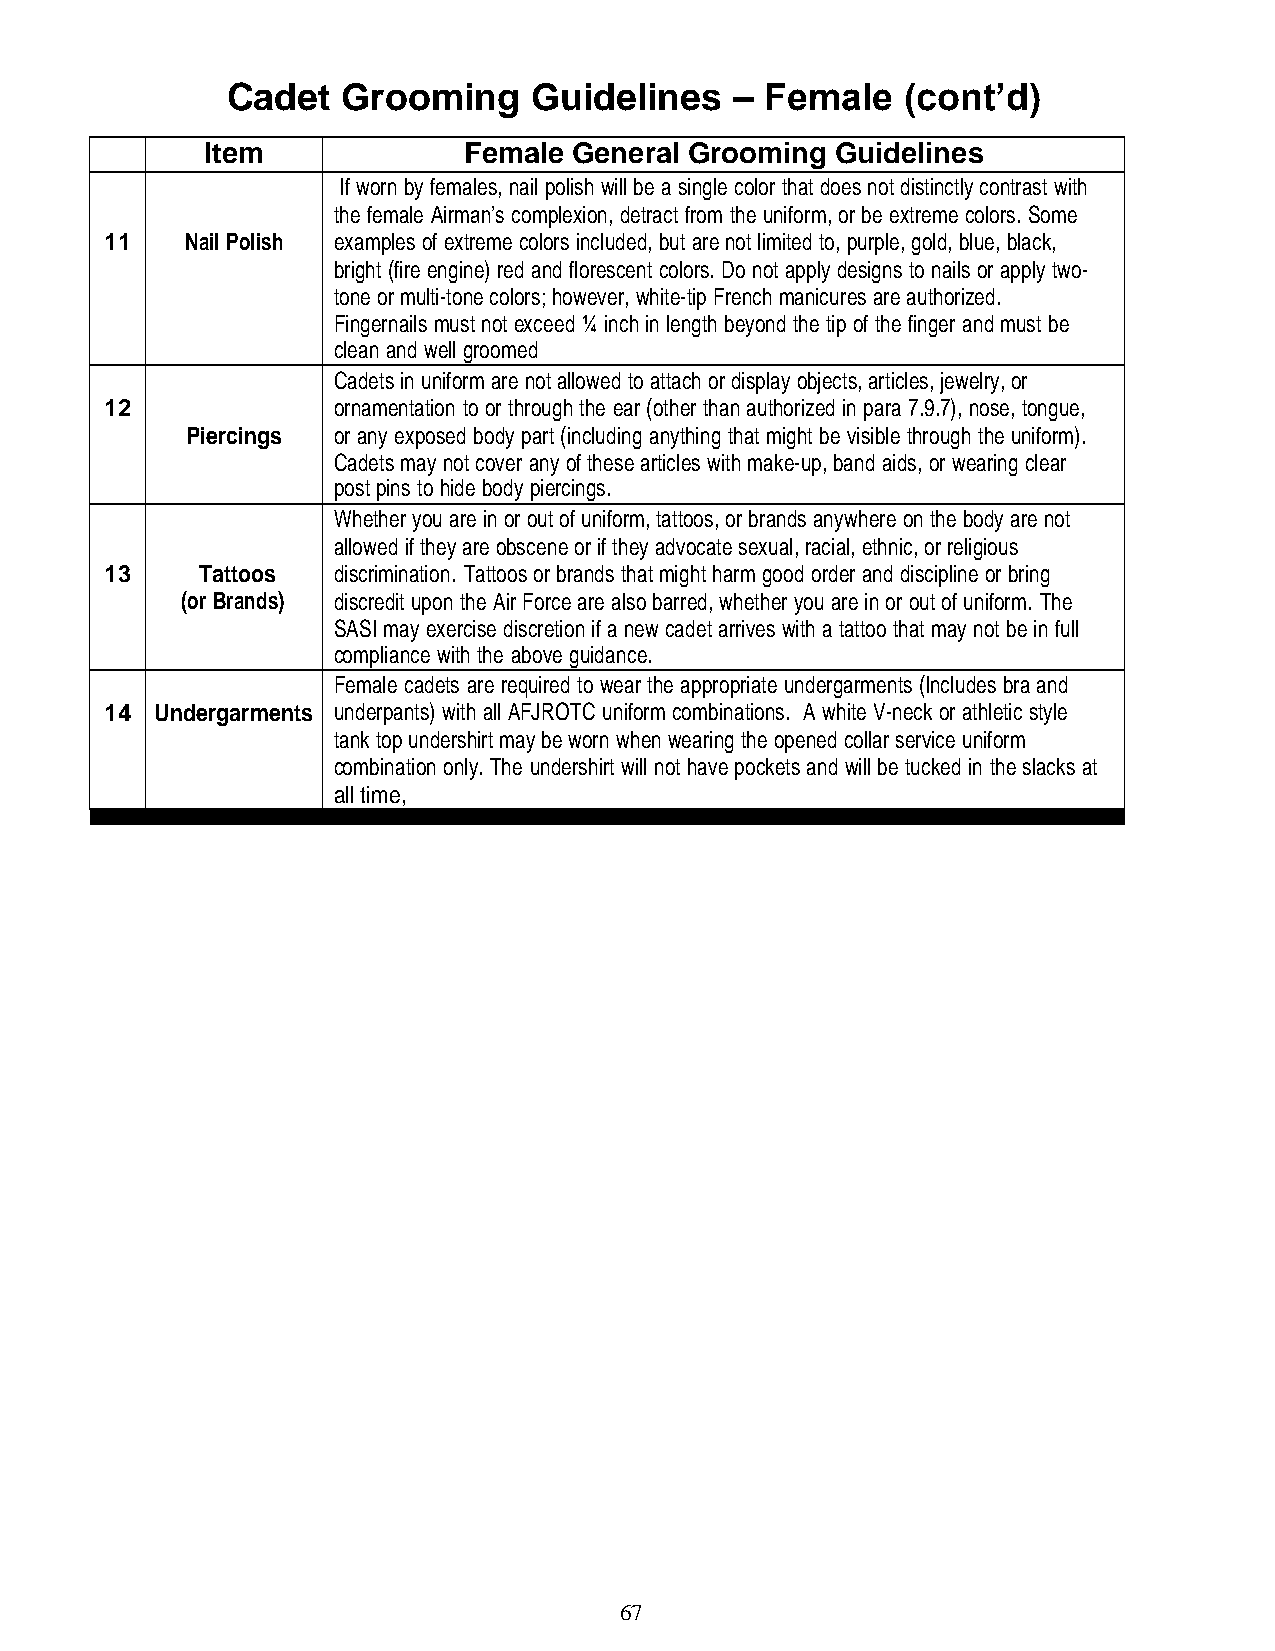
Cadet   Grooming    Guidelines    – Female   (cont’d)
 Item             Female General Grooming Guidelines
 If worn by females, nail polish will be a single color that does not distinctly contrast with
 the female Airman’s complexion, detract from the uniform, or be extreme colors. Some
 11   Nail Polish examples of extreme colors included, but are not limited to, purple, gold, blue, black,
 bright (fire engine) red and florescent colors. Do not apply designs to nails or apply two-
 tone or multi-tone colors; however, white-tip French manicures are authorized.
 Fingernails must not exceed ¼ inch in length beyond the tip of the finger and must be
 clean and well groomed
 Cadets in uniform are not allowed to attach or display objects, articles, jewelry, or
 12             ornamentation to or through the ear (other than authorized in para 7.9.7), nose, tongue,
 Piercings or any exposed body part (including anything that might be visible through the uniform).
 Cadets may not cover any of these articles with make-up, band aids, or wearing clear
 post pins to hide body piercings.
 Whether you are in or out of uniform, tattoos, or brands anywhere on the body are not
 allowed if they are obscene or if they advocate sexual, racial, ethnic, or religious
 13    Tattoos  discrimination. Tattoos or brands that might harm good order and discipline or bring
 (or Brands) discredit upon the Air Force are also barred, whether you are in or out of uniform. The
 SASI may exercise discretion if a new cadet arrives with a tattoo that may not be in full
 compliance with the above guidance.
 Female cadets are required to wear the appropriate undergarments (Includes bra and
 14 Undergarments underpants) with all AFJROTC uniform combinations. A white V-neck or athletic style
 tank top undershirt may be worn when wearing the opened collar service uniform
 combination only. The undershirt will not have pockets and will be tucked in the slacks at
 all time,
 67